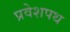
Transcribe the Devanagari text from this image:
प्रवेशपथ